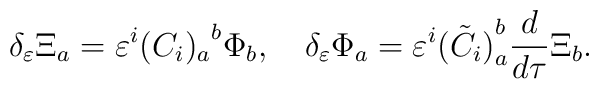
\delta_\varepsilon \Xi_{a} = \varepsilon^i{(C_i)_{a}}^{b}\Phi_{b}, \quad \delta_\varepsilon \Phi_a =\varepsilon^i {(\tilde{C}_i)}_{a}^{b}\frac{d}{d\tau}{\Xi}_{b}.